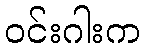
ဝင်းဂါးက